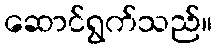
ဆောင်ရွက်သည်။